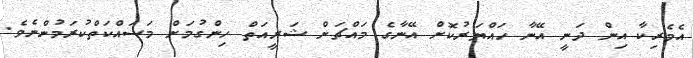
އެމެރިކާ އިން ދަނީ އޭނާ ހައްޔަރުކޮށް އޭނާގެ މައްޗަށް ޝަރީއަތް ހިންގުމަށް މަސައްކަތްކުރަމުންނެވެ.